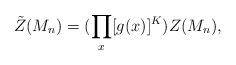
LaTeX: \begin{align*}\tilde{Z}(M_{n})=(\prod_{x}[g(x)]^{K})Z(M_{n}),\end{align*}